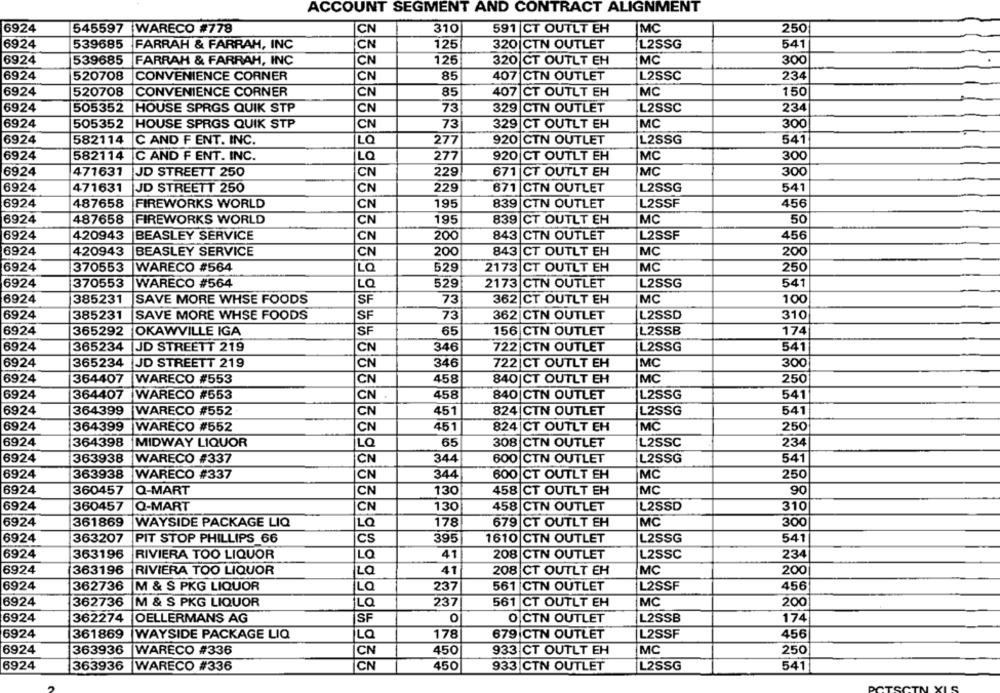
ACCOUNT SEGMENT AND CONTRACT ALIGNMENT
6924
545597 WARECO #778
CN
310
591 CT OUTLT EH
IMC
250
6924
539685
FARRAH & FARRAH, INC
CN
125
320 CTN OUTLET
L2SSG
541
69
4
539685
FARRAH & FARRAH, INC
CN
125
320
CT OUTLT EH
MC
300
6924
520708
CONVENIENCE CORNER
85
407 CTN OUTLET
L2SSC
234
CN
6924
520708
CONVENIENCE CORNER
CN
85
407
CT OUTLT EH
MC
150
6924
505352
HOUSE SPRGS QUIK STP
CN
73
329 CTN OUTLET
L2SSC
234
6924
505352
HOUSE SPRGS QUIK STP
CN
73
329
CT OUTLT EH
MC
300
6924
582114
C AND F ENT. INC.
LQ
277
920
CTN OUTLET
L2SSG
541
6924
582114
C AND F ENT. INC.
LQ
277
920 CT OUTLT EH
MC
300
6924
471631
JD STREETT 250
CN
229
671 CT OUTLT EH
MC
300
6924
471631
JD STREETT 250
CN
229
671
CTN OUTLET
L2SSG
541
6924
487658
FIREWORKS WORLD
CN
195
839 CTN OUTLET
L2SSF
456
6924
487658
FIREWORKS WORLD
CN
195
839
CT OUTLT EH
MC
50
6924
420943
BEASLEY SERVICE
CN
200
843
CTN OUTLET
L2SSF
456
6924
420943
BEASLEY SERVICE
CN
200
843
CT OUTLT EH
MC
200
6924
370553
WARECO #564
LQ
529
2173 CT OUTLT EH
MC
250
6924
370553
WARECO #564
529
2173 CTN OUTLET
L2SSG
541
LQ
6924
385231
SAVE MORE WHSE FOODS
SF
73
362 |CT OUTLT EH
MC
100
6924
385231
SAVE MORE WHSE FOODS
SF
73
362 |CTN OUTLET
L2SSD
310
6924
365292
OKAWVILLE IGA
SF
65
156 CTN OUTLET
L2SSB
174
6924
365234
JD STREETT 219
722 CTN OUTLET
L2SSG
541
CN
346
6924
365234
JD STREETT 219
CN
346
722 |CT OUTLT EH
MC
300
6924
364407
WARECO #553
CN
458
840|CT OUTLT EH
MC
250
6924
364407
WARECO #553
458
840|CTN OUTLET
L2SSG
CN
541
6924
364399
WARECO #552
CN
451
824 CTN OUTLET
L2SSG
541
69
24
364399
WARECO #552
CN
451
824 CT OUTLT EH
MC
250
69
4
364398
MIDWAY LIQUOR
LQ
65
308 |CTN OUTLET
L2SSC
234
6924
L2SSG
363938
WARECO #337
CN
344
600 CTN OUTLET
541
69
363938
WARECO #337
CN
344
600 CT OUTLT EH
MC
250
69
360457
Q-MART
CN
130
458 CT OUTLT EH
MC
90
69
L2SSD
360457
Q-MART
CN
130
458 CTN OUTLET
310
59
361869
WAYSIDE PACKAGE LIQ
LQ
178
679 CT OUTLT EH
MC
300
69
363207
PIT STOP PHILLIPS 66
CS
395
1610 CTN OUTLET
L2SSG
541
69
363196
RIVIERA TOO LIQUOR
41
208 CTN OUTLET
L2SSC
234
LQ
69
363196
RIVIERA TOO LIQUOR
LQ
41
208 CT OUTLT EH
MC
200
6924
362736
M & S PKG LIQUOR
La
237
561 CTN OUTLET
L2SSF
456
6924
362736
M & S PKG LIQUOR
237
561 CT OUTLT EH
MC
200
İLQ
L2SSB
6924
362274
OELLERMANS AG
SF
0
O CTN OUTLET
174
6924
361869
WAYSIDE PACKAGE LIQ
LQ
178
679 CTN OUTLET
L2SSF
456
6924
363936
WARECO #336
CN
450
933 CT OUTLT EH
MC
250
6924
363936
WARECO #336
CN
450
933 CTN OUTLET
L2SSG
541